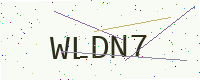
Text: WLDN7